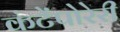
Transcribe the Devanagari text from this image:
कंटेंपोरेरी